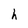
Character: h